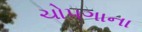
ચોપગાના